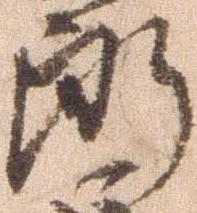
郎